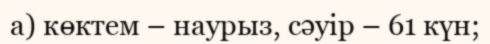
а) көктем – наурыз, сәуір – 61 күн;